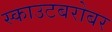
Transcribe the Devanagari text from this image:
स्काउटबरोबर